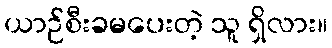
ယာဉ်စီးခမပေးတဲ့ သူ ရှိလား။